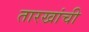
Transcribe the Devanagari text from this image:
तारखांची